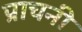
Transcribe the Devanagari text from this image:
प्राचनी